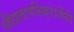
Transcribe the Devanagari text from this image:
श्रीप्रतापसिंहराजेंनी